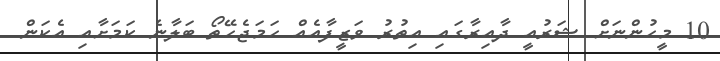
10 މީހުންނަށް ޝަރުއީ ދާއިރާގައި އިތުރު ވަޒީފާއެއް ހަމަޖެހޭތޯ ބަލާނެ ކަމަށާއި އެކަން